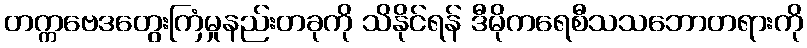
တက္ကဗေဒတွေးကြံမှုနည်းတခုကို သိနိုင်ရန် ဒီမိုကရေစီသသဘောတရားကို